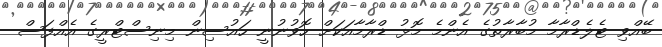
ބޭއްވި ޓެލެޑްރާމާ މުބާރާތުގެ އެންމެ މޮޅު ޑްރާމާއަކަށް ހޮވުނުނީ ހައުސިން މިނިސްޓްރީގެ އެއްފަސް